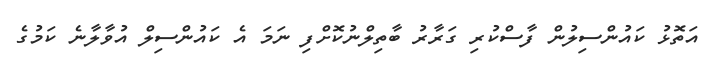
އަތޮޅު ކައުންސިލުން ފާސްކުރި ގަރާރު ބާތިލްނުކޮށްފި ނަމަ އެ ކައުންސިލް އުވާލާނެ ކަމުގެ